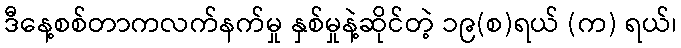
ဒီနေ့စစ်တာကလက်နက်မှု နှစ်မှုနဲ့ဆိုင်တဲ့ ၁၉(စ)ရယ် (က) ရယ်၊